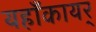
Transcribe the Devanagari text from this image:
यहाँकायर्